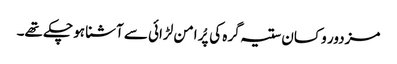
مزدور و کسان ستیہ گرہ کی پُر امن لڑائی سے آشنا ہو چکے تھے۔